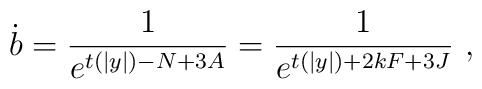
\dot{b}=\frac{1}{e^{t(|y|)-N+3A}}=\frac{1}{e^{t(|y|)+2kF+3J}}~,